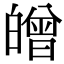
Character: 𤾥